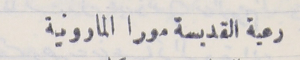
رعية القديسة مورا المارونية